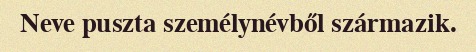
Neve puszta személynévből származik.